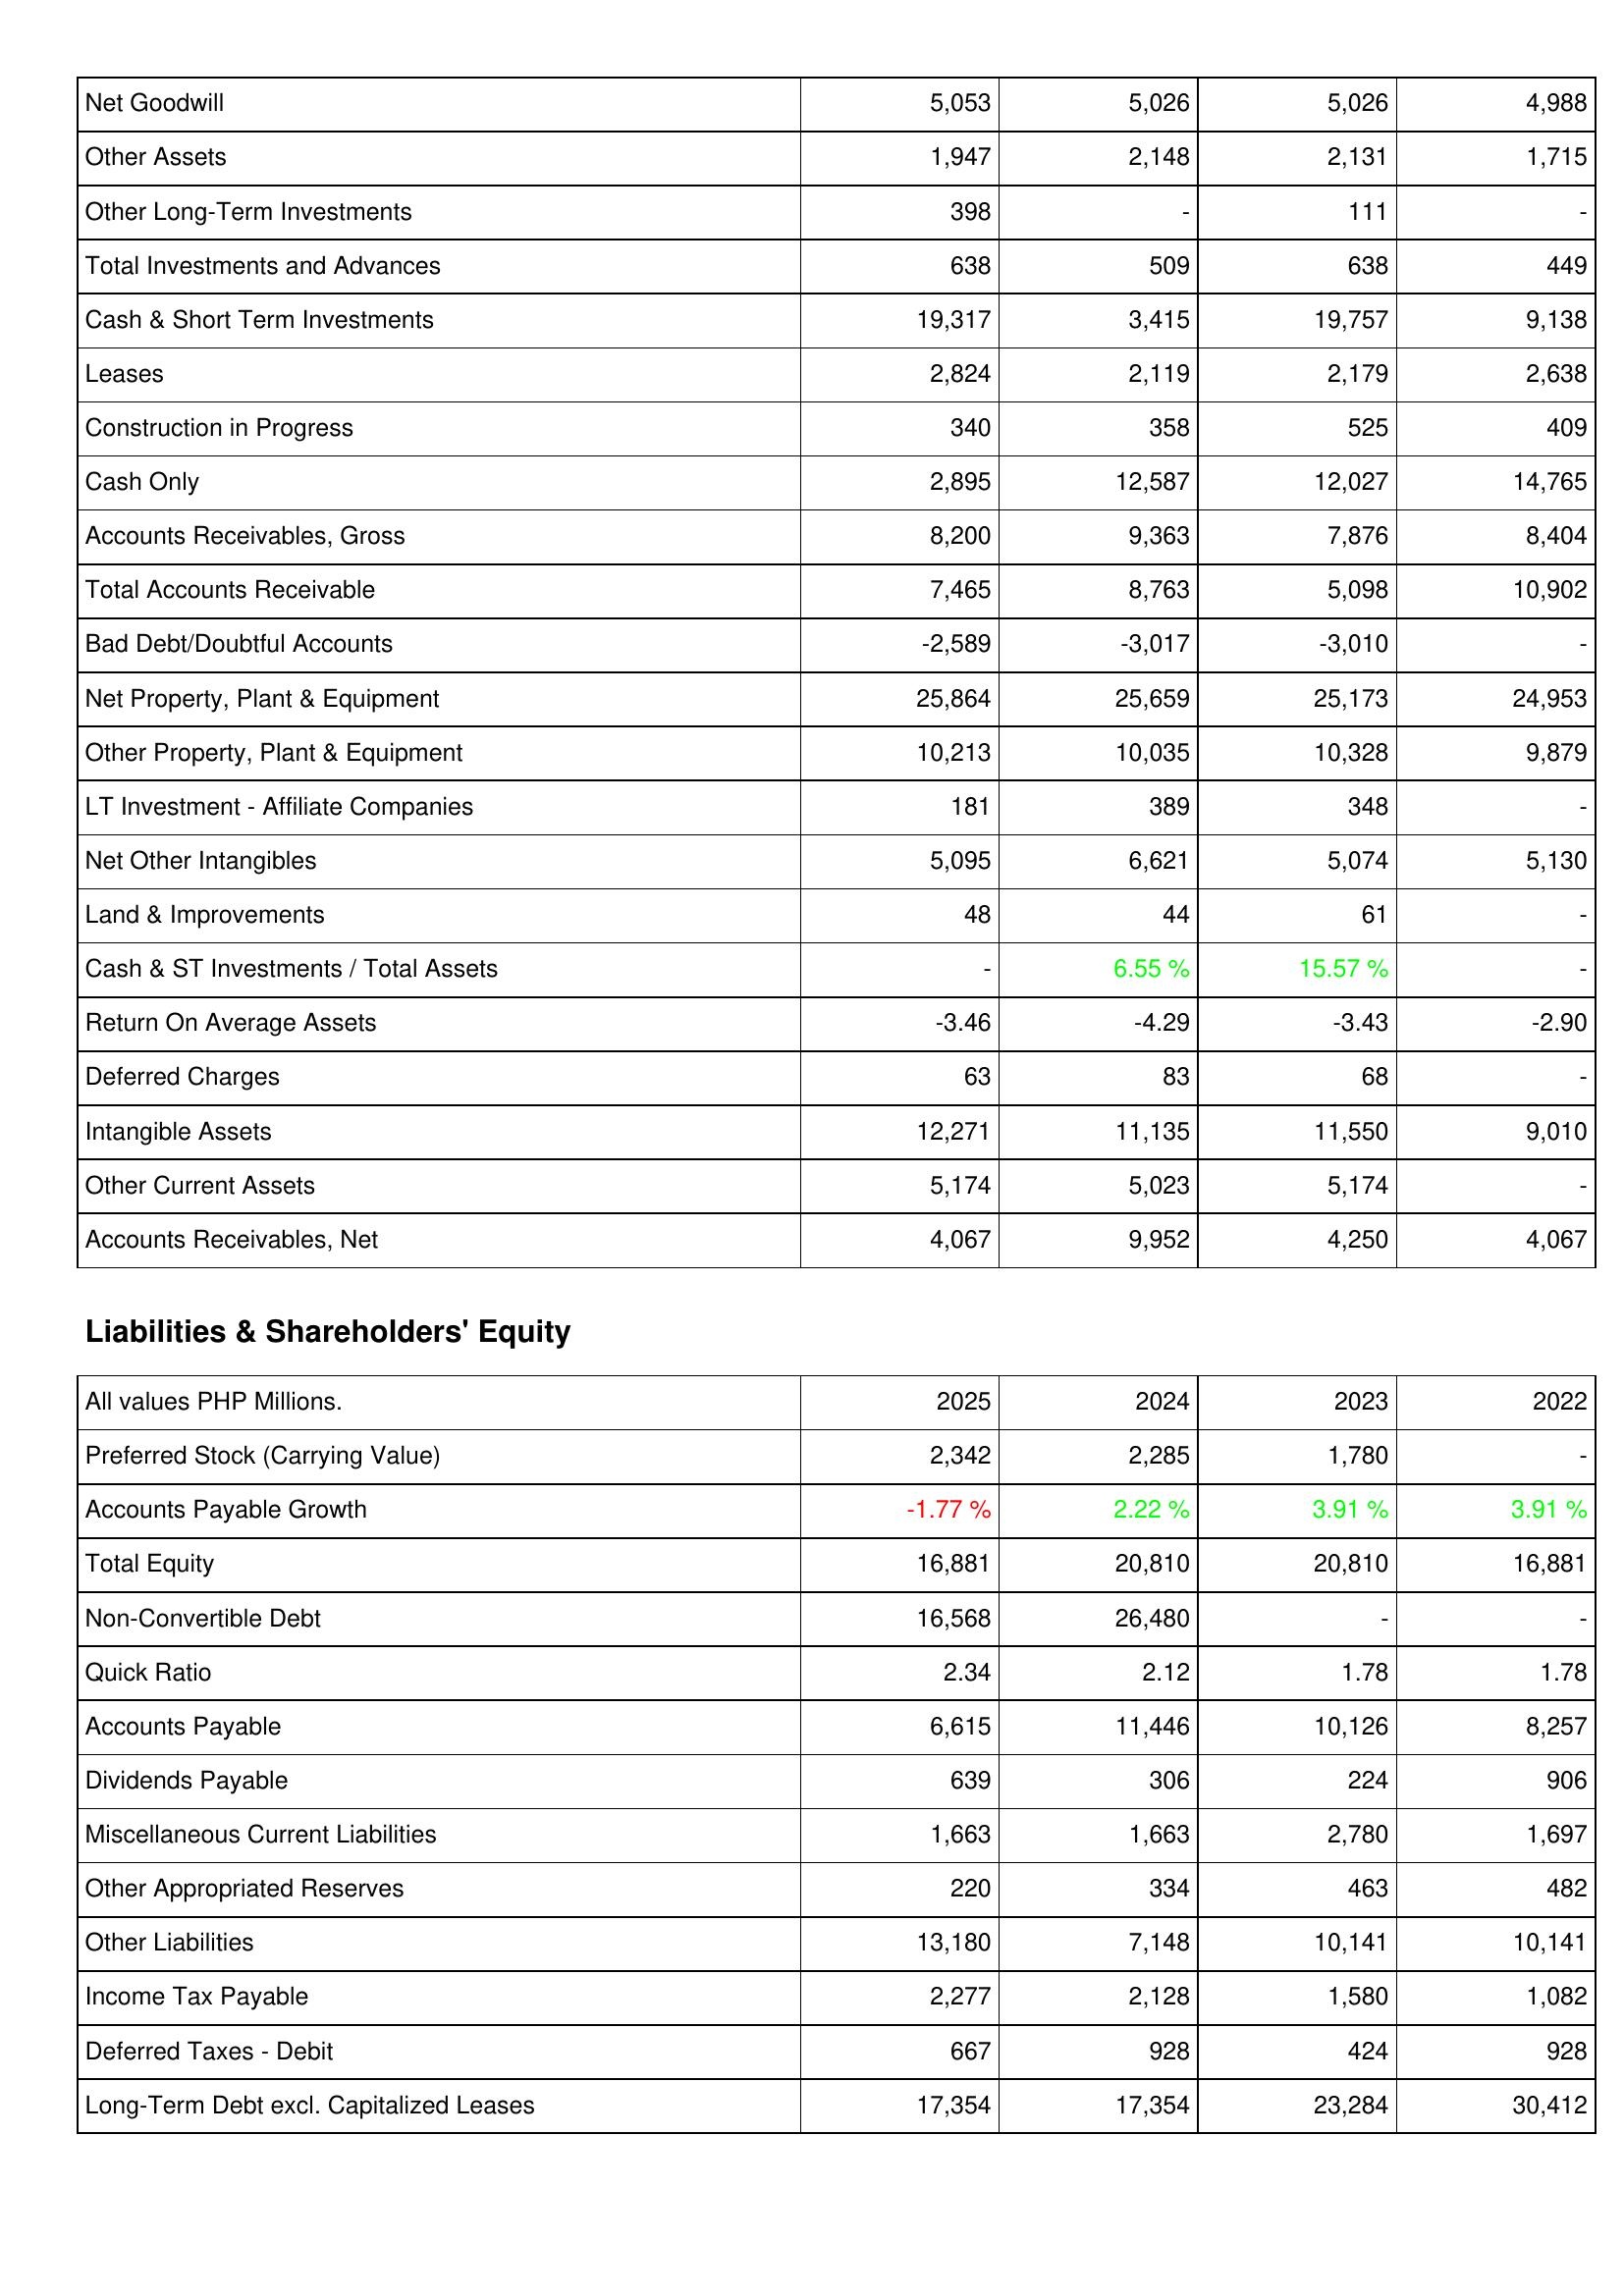
2025: Assets: Net Goodwill: 5,053
Other Assets: 1,947
Other Long-Term Investments: 398
Total Investments and Advances: 638
Cash & Short Term Investments: 19,317
Leases: 2,824
Construction in Progress: 340
Cash Only: 2,895
Accounts Receivables, Gross: 8,200
Total Accounts Receivable: 7,465
Bad Debt/Doubtful Accounts: -2,589
Net Property, Plant & Equipment: 25,864
Other Property, Plant & Equipment: 10,213
LT Investment - Affiliate Companies: 181
Net Other Intangibles: 5,095
Land & Improvements: 48
Cash & ST Investments / Total Assets: -
Return On Average Assets: -3.46
Deferred Charges: 63
Intangible Assets: 12,271
Other Current Assets: 5,174
Accounts Receivables, Net: 4,067
Liabilities & Shareholders' Equity: Preferred Stock (Carrying Value): 2,342
Accounts Payable Growth: -1.77 %
Total Equity: 16,881
Non-Convertible Debt: 16,568
Quick Ratio: 2.34
Accounts Payable: 6,615
Dividends Payable: 639
Miscellaneous Current Liabilities: 1,663
Other Appropriated Reserves: 220
Other Liabilities: 13,180
Income Tax Payable: 2,277
Deferred Taxes - Debit: 667
Long-Term Debt excl. Capitalized Leases: 17,354
2024: Assets: Net Goodwill: 5,026
Other Assets: 2,148
Other Long-Term Investments: -
Total Investments and Advances: 509
Cash & Short Term Investments: 3,415
Leases: 2,119
Construction in Progress: 358
Cash Only: 12,587
Accounts Receivables, Gross: 9,363
Total Accounts Receivable: 8,763
Bad Debt/Doubtful Accounts: -3,017
Net Property, Plant & Equipment: 25,659
Other Property, Plant & Equipment: 10,035
LT Investment - Affiliate Companies: 389
Net Other Intangibles: 6,621
Land & Improvements: 44
Cash & ST Investments / Total Assets: 6.55 %
Return On Average Assets: -4.29
Deferred Charges: 83
Intangible Assets: 11,135
Other Current Assets: 5,023
Accounts Receivables, Net: 9,952
Liabilities & Shareholders' Equity: Preferred Stock (Carrying Value): 2,285
Accounts Payable Growth: 2.22 %
Total Equity: 20,810
Non-Convertible Debt: 26,480
Quick Ratio: 2.12
Accounts Payable: 11,446
Dividends Payable: 306
Miscellaneous Current Liabilities: 1,663
Other Appropriated Reserves: 334
Other Liabilities: 7,148
Income Tax Payable: 2,128
Deferred Taxes - Debit: 928
Long-Term Debt excl. Capitalized Leases: 17,354
2023: Assets: Net Goodwill: 5,026
Other Assets: 2,131
Other Long-Term Investments: 111
Total Investments and Advances: 638
Cash & Short Term Investments: 19,757
Leases: 2,179
Construction in Progress: 525
Cash Only: 12,027
Accounts Receivables, Gross: 7,876
Total Accounts Receivable: 5,098
Bad Debt/Doubtful Accounts: -3,010
Net Property, Plant & Equipment: 25,173
Other Property, Plant & Equipment: 10,328
LT Investment - Affiliate Companies: 348
Net Other Intangibles: 5,074
Land & Improvements: 61
Cash & ST Investments / Total Assets: 15.57 %
Return On Average Assets: -3.43
Deferred Charges: 68
Intangible Assets: 11,550
Other Current Assets: 5,174
Accounts Receivables, Net: 4,250
Liabilities & Shareholders' Equity: Preferred Stock (Carrying Value): 1,780
Accounts Payable Growth: 3.91 %
Total Equity: 20,810
Non-Convertible Debt: -
Quick Ratio: 1.78
Accounts Payable: 10,126
Dividends Payable: 224
Miscellaneous Current Liabilities: 2,780
Other Appropriated Reserves: 463
Other Liabilities: 10,141
Income Tax Payable: 1,580
Deferred Taxes - Debit: 424
Long-Term Debt excl. Capitalized Leases: 23,284
2022: Assets: Net Goodwill: 4,988
Other Assets: 1,715
Other Long-Term Investments: -
Total Investments and Advances: 449
Cash & Short Term Investments: 9,138
Leases: 2,638
Construction in Progress: 409
Cash Only: 14,765
Accounts Receivables, Gross: 8,404
Total Accounts Receivable: 10,902
Bad Debt/Doubtful Accounts: -
Net Property, Plant & Equipment: 24,953
Other Property, Plant & Equipment: 9,879
LT Investment - Affiliate Companies: -
Net Other Intangibles: 5,130
Land & Improvements: -
Cash & ST Investments / Total Assets: -
Return On Average Assets: -2.90
Deferred Charges: -
Intangible Assets: 9,010
Other Current Assets: -
Accounts Receivables, Net: 4,067
Liabilities & Shareholders' Equity: Preferred Stock (Carrying Value): -
Accounts Payable Growth: 3.91 %
Total Equity: 16,881
Non-Convertible Debt: -
Quick Ratio: 1.78
Accounts Payable: 8,257
Dividends Payable: 906
Miscellaneous Current Liabilities: 1,697
Other Appropriated Reserves: 482
Other Liabilities: 10,141
Income Tax Payable: 1,082
Deferred Taxes - Debit: 928
Long-Term Debt excl. Capitalized Leases: 30,412